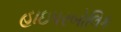
હાઇપરબોલિક